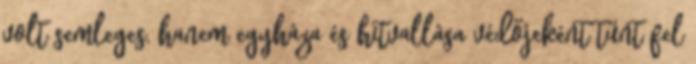
volt semleges, hanem egyháza és hitvallása védőjeként tűnt fel